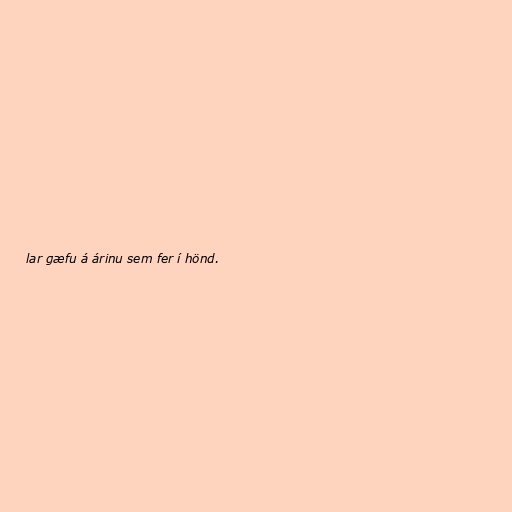
lar gæfu á árinu sem fer í hönd.